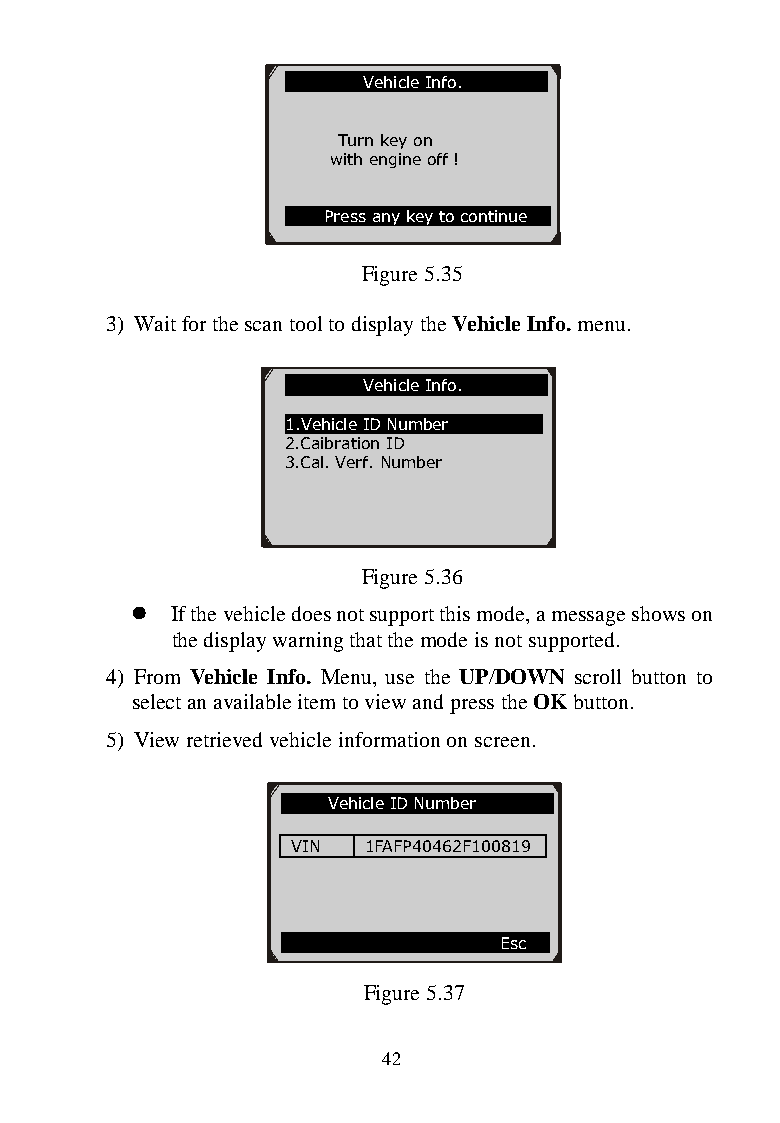
Vehicle Info.
 Turn key on
 with engine off !
 Press any key to continue
 Figure 5.35
 3) Wait for the scan tool to display the Vehicle Info. menu.
 Vehicle Info.
 1.Vehicle ID Number
 2.Caibration ID
 3.Cal. Verf. Number
 Figure 5.36
  If the vehicle does not support this mode, a message shows on
 the display warning that the mode is not supported.
 4) From Vehicle Info. Menu, use the UP/DOWN scroll button to
 select an available item to view and press the OK button.
 5) View retrieved vehicle information on screen.
 Vehicle ID Number
 VIN  1FAFP40462F100819
 Esc
 Figure 5.37
 42